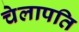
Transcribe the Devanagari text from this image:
चेलापति